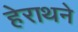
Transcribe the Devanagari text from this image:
हेराथने